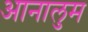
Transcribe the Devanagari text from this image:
आनालुम